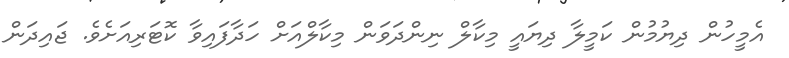
އެމީހުން ދިޔުމުން ކަމީލާ ދިޔައީ މިކާލް ނިންދަވަން މިކާލްއަށް ހަދާފައިވާ ކޮޓަރިއަށެވެ. ޖައިދަން